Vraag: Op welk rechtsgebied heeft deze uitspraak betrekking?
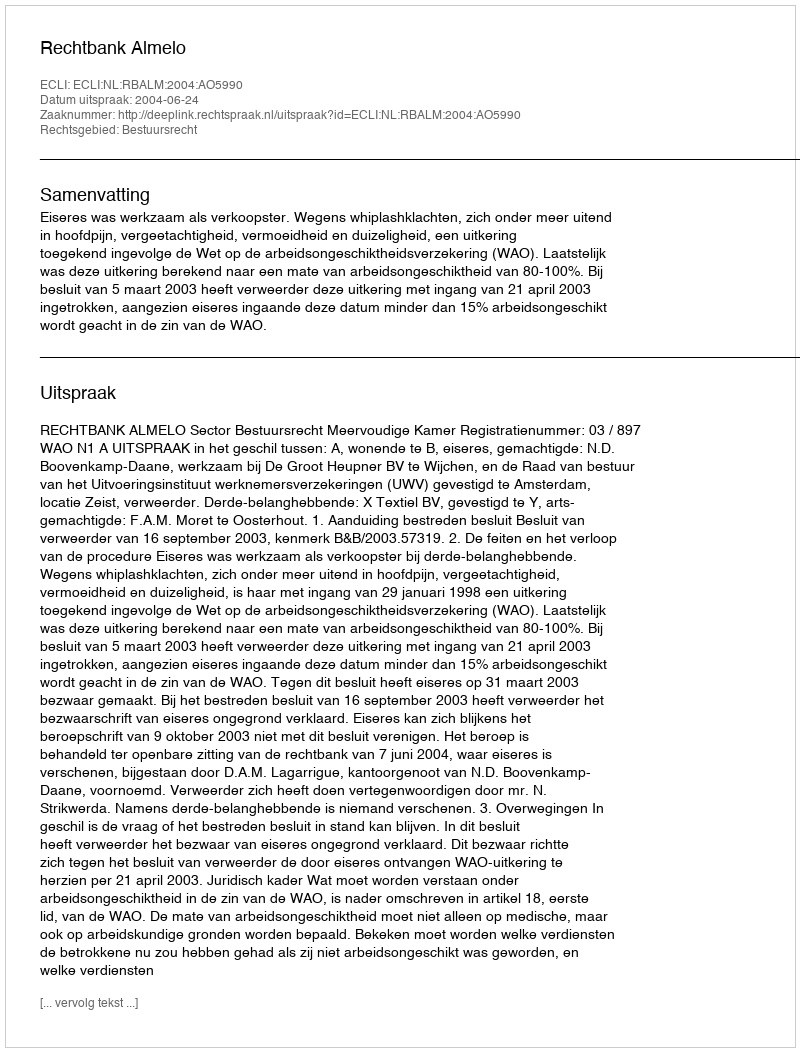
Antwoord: Bestuursrecht